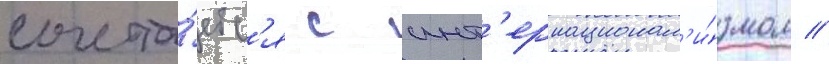
сочета́етс'я с инт'ернационал'и́змом //